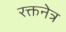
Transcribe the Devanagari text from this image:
रक्तनेत्र